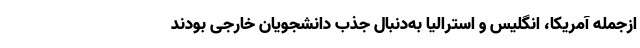
ازجمله آمریکا، انگلیس و استرالیا به‌دنبال جذب دانشجویان خارجی بودند